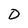
Character: D